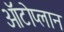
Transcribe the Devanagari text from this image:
ऑटोप्लान